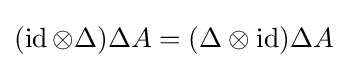
(\operatorname {id} \otimes \Delta )\Delta A=(\Delta \otimes \operatorname {id} )\Delta A